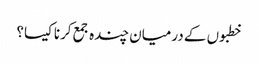
خطبوں کے درمیان چندہ جمع کرنا کیسا؟